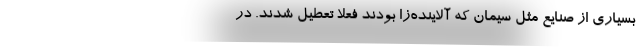
بسیاری از صنایع مثل سیمان که آلاینده‌زا بودند فعلا تعطیل شدند. در